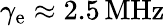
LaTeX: \gamma_{\textrm{e}}\approx 2.5\, \mathrm{MHz}